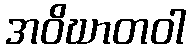
အဝိဃာတဝါ